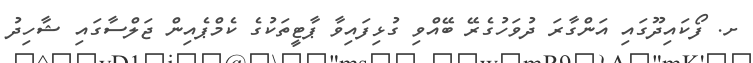
ށ. ފޯކައިދޫގައި އަންގާރަ ދުވަހުގެރޭ ބޭއްވި ގުޅިފައިވާ ޕާޓީތަކުގެ ކެމްޕެއިން ޖަލްސާގައި ޝާހިދު